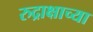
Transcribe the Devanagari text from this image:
रुद्राक्षाच्या